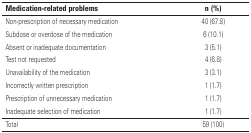
<table><thead><tr><td><b>Medication-related problems</b></td><td><b>n (%)</b></td></tr></thead><tbody><tr><td>Non-prescription of necessary medication</td><td>40 (67.8)</td></tr><tr><td>Subdose or overdose of the medication</td><td>6 (10.1)</td></tr><tr><td>Absent or inadequate documentation</td><td>3 (5.1)</td></tr><tr><td>Test not requested</td><td>4 (6.8)</td></tr><tr><td>Unavailability of the medication</td><td>3 (3.1)</td></tr><tr><td>Incorrectly written prescription</td><td>1 (1.7)</td></tr><tr><td>Prescription of unnecessary medication</td><td>1 (1.7)</td></tr><tr><td>Inadequate selection of medication</td><td>1 (1.7)</td></tr><tr><td>Total</td><td>59 (100)</td></tr></tbody></table>